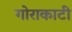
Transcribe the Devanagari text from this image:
गोराकाटी